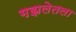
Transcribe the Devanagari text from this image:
गझलेतला